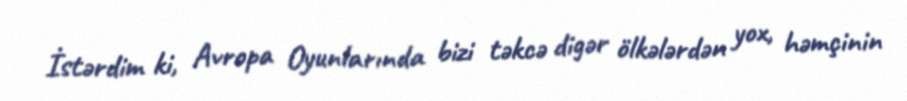
İstərdim ki, Avropa Oyunlarında bizi təkcə digər ölkələrdən yox, həmçinin